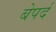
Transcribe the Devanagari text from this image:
बेपर्द